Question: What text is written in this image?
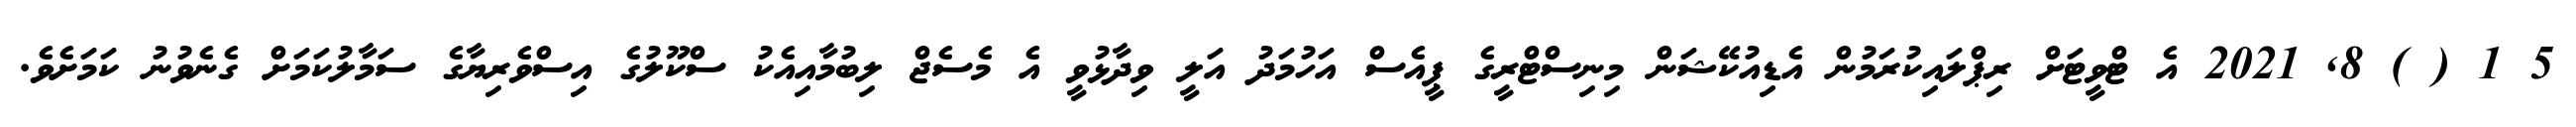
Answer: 5 1 ( ) 8, 2021 އެ ޓްވީޓަށް ރިޕްލައިކުރަމުން އެޑިއުކޭޝަން މިނިސްޓްރީގެ ޕީއެސް އަހުމަދު އަލީ ވިދާޅުވީ އެ މެސެޖް ލިބުމާއިއެކު ސްކޫލުގެ އިސްވެރިޔާގެ ސަމާލުކަމަށް ގެނެވުނު ކަމަށެވެ.